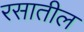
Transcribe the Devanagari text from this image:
रसातील